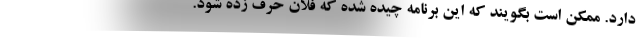
دارد. ممکن است بگویند که این برنامه چیده شده که فلان حرف زده شود.